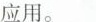
应用。